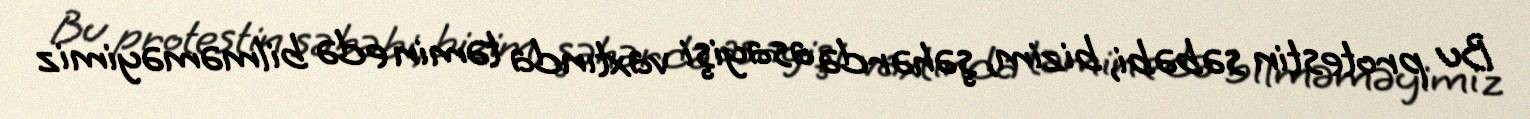
Bu protestin səbəbi, bizim, şəhərdə asayişi vaxtında təmin edə bilməməyimiz